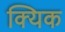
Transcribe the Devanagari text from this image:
क्यिक